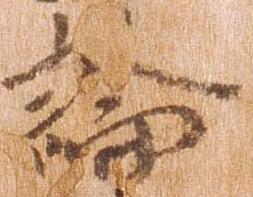
論